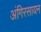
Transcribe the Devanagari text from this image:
अंगिरसायन